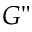
G "